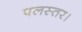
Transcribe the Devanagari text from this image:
पलस्तर।